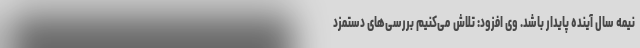
نیمه سال آینده پایدار باشد. وی افزود: تلاش می‌کنیم بررسی‌های دستمزد